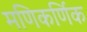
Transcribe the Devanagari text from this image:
मणिकर्णिक